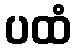
ပထံ